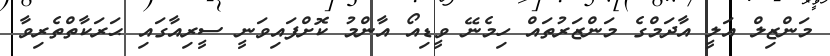
މަންޒިލް އަލީ އާދަމްގެ މަންޒަރުތައް ހިމެނޭ ވީޑިއޯ އާންމު ކޮށްފައިވަނީ ސީރިއާގައި ޙަރަކާތްތެރިވާ